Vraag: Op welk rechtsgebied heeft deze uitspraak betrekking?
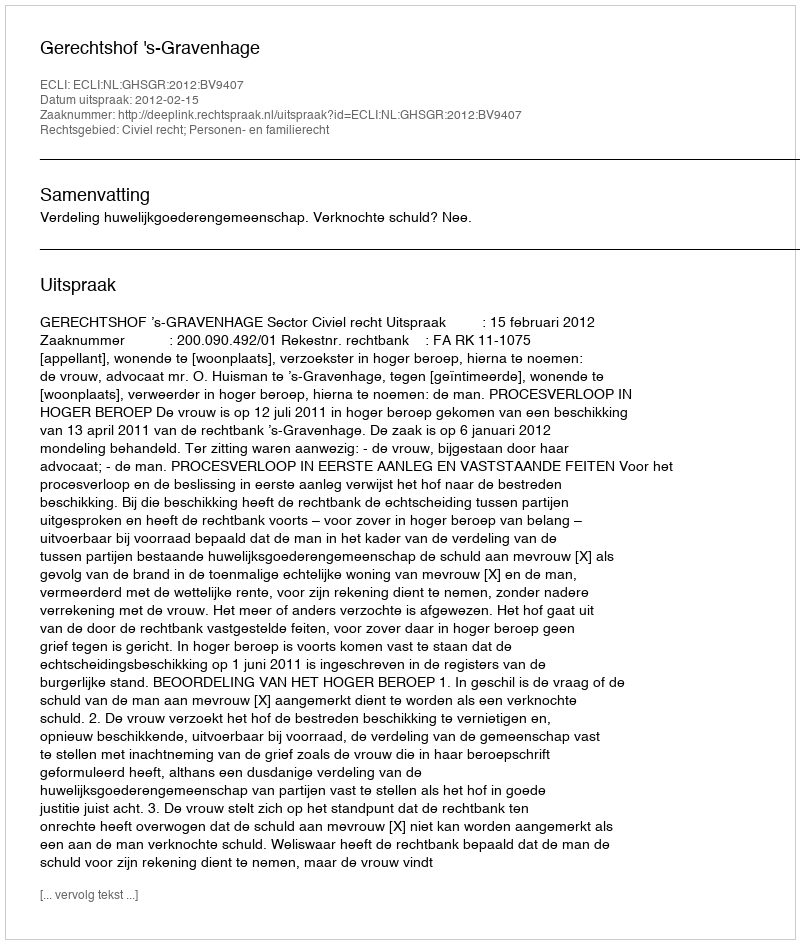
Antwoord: Civiel recht; Personen- en familierecht